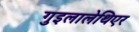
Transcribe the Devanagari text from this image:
गुइलालेथिएर